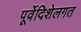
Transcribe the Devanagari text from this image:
पूर्वेदिशेलगत